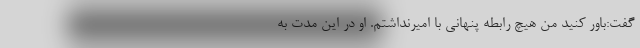
گفت:باور کنید من هیچ رابطه پنهانی با امیرنداشتم. او در این مدت به